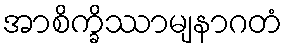
အာစိက္ခိဿာမျနာဂတံ